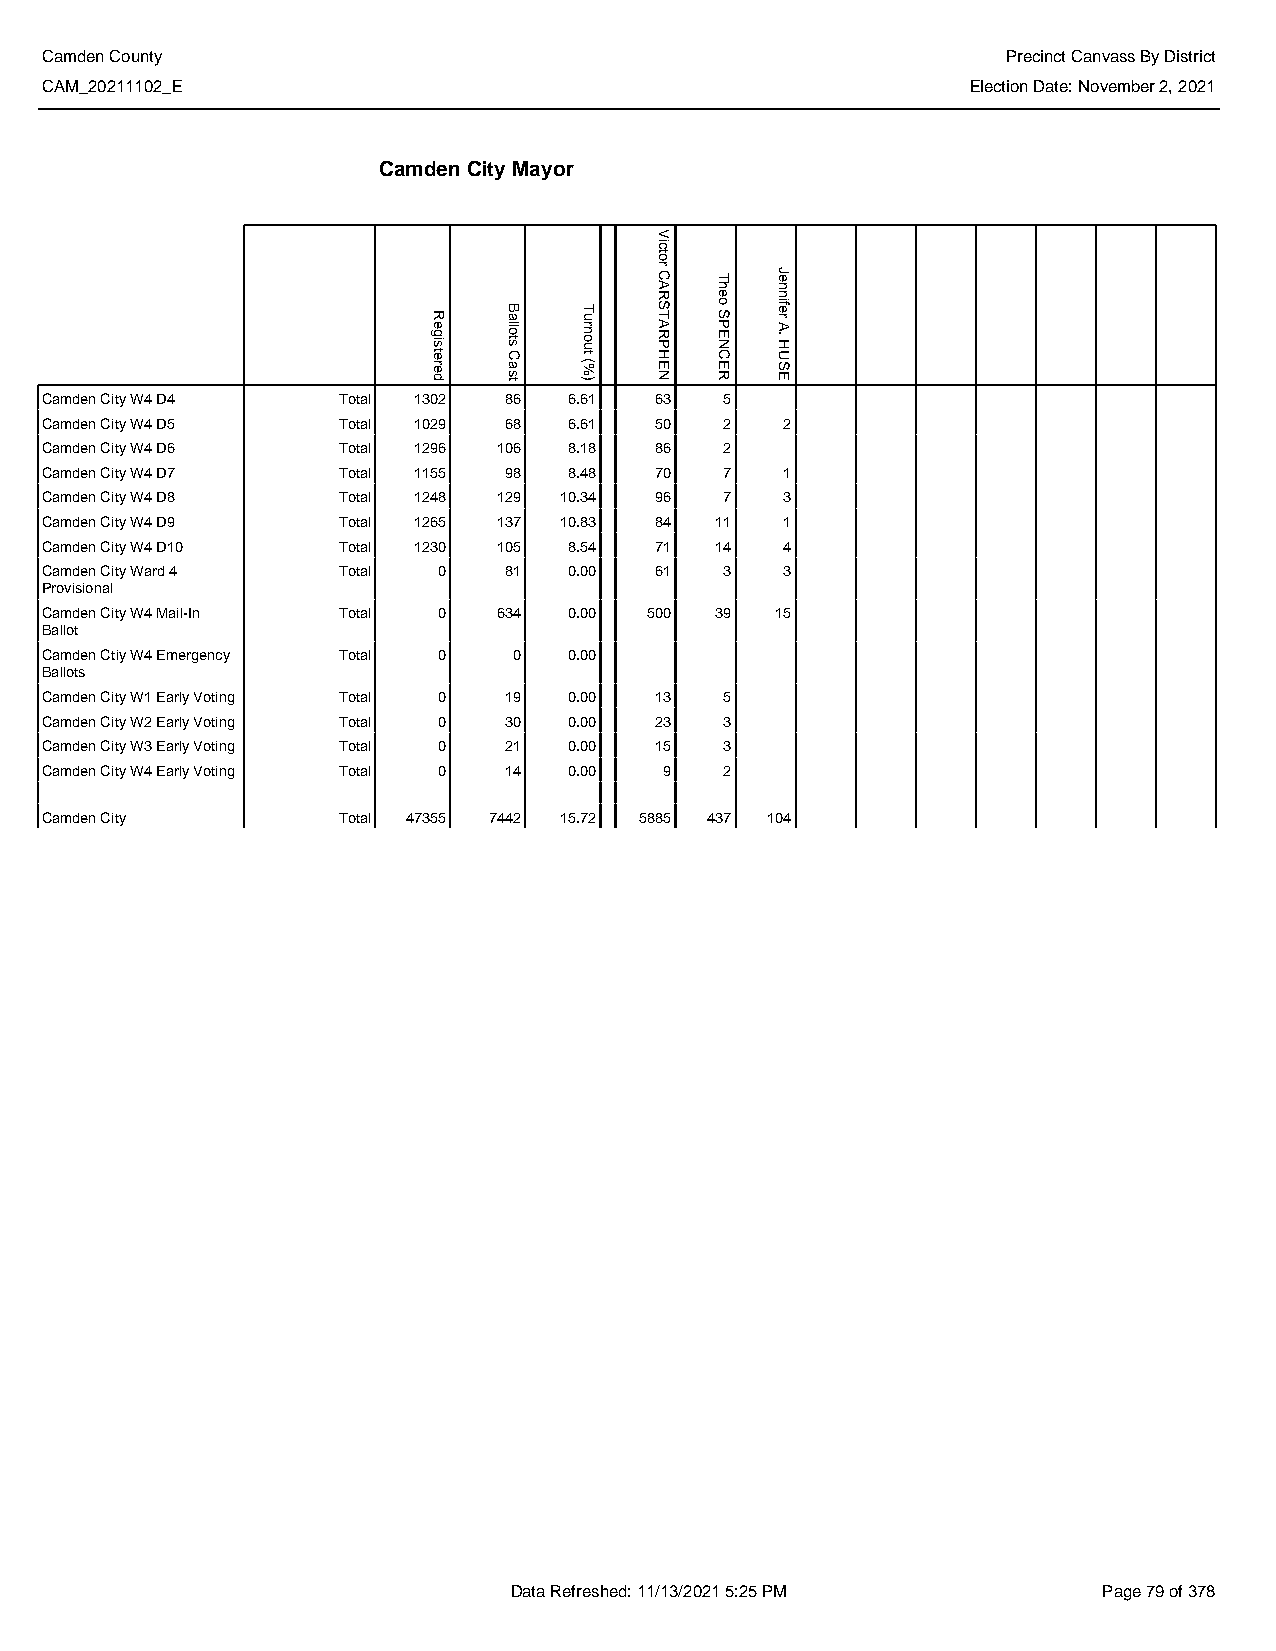
Camden County                                                   Precinct Canvass By District
 CAM_20211102_E                                               Election Date: November 2, 2021
 Camden City Mayor
 Camden City W4 D4  Total 1302 86   6.61 63   5
 Camden City W4 D5  Total 1029 68   6.61 50   2   2
 Camden City W4 D6  Total 1296 106  8.18 86   2
 Camden City W4 D7  Total 1155 98   8.48 70   7   1
 Camden City W4 D8  Total 1248 129 10.34 96   7   3
 Camden City W4 D9  Total 1265 137 10.83 84  11   1
 Camden City W4 D10 Total 1230 105  8.54 71  14   4
 Camden City Ward 4 Total  0   81   0.00 61   3   3
 Provisional
 Camden City W4 Mail-In Total 0 634 0.00 500 39  15
 Ballot
 Camden Ctiy W4 Emergency Total 0 0 0.00
 Ballots
 Camden City W1 Early Voting Total 0 19 0.00 13 5
 Camden City W2 Early Voting Total 0 30 0.00 23 3
 Camden City W3 Early Voting Total 0 21 0.00 15 3
 Camden City W4 Early Voting Total 0 14 0.00 9 2
 Camden City        Total 47355 7442 15.72 5885 437 104
 Data Refreshed: 11/13/2021 5:25 PM     Page 79 of 378
 Registered
 Ballots
 Cast
 Turnout
 (%)
 Victor
 CARSTARPHEN Theo
 SPENCER
 Jennifer
 A.
 HUSE